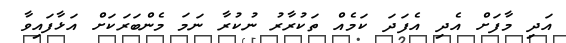
އަދި މާފަށް އެދި އެފަދަ ކަމެއް ތަކުރާރު ނުކުރާ ނަމަ މެންބަރަކަށް އަޅާފައިވާ